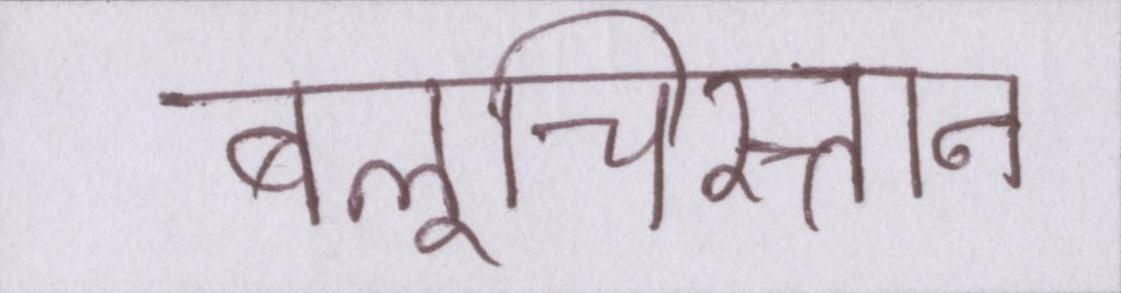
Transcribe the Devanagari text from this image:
बलूचिस्तान